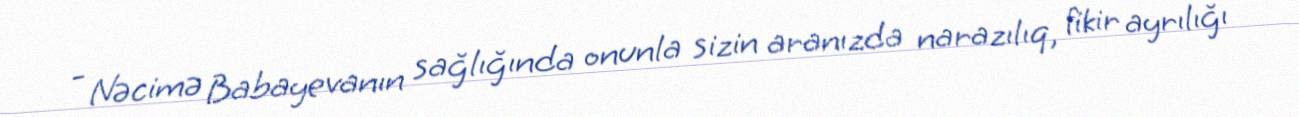
- Nəcimə Babayevanın sağlığında onunla sizin aranızda narazılıq, fikir ayrılığı